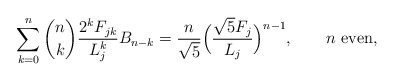
\begin{align*}\sum_{k= 0}^n \binom nk \frac{2^kF_{jk}}{L_j^{k}} B_{n - k} = \frac{n}{\sqrt5}\Big(\frac{\sqrt5 F_j}{L_j}\Big)^{n - 1},\qquad\mbox{$n$ even},\end{align*}